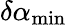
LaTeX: \delta\alpha_{\operatorname*{min}}